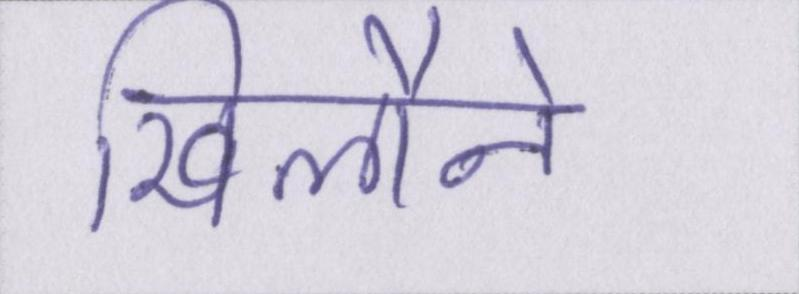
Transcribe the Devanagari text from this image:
खिलौने